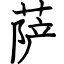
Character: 萨